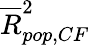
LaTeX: \overline{{R}}_{pop,CF}^{2}